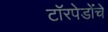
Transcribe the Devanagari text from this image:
टॉरपेडोंचे